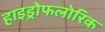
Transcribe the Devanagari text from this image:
हाइड्रोफलोरिक